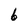
Character: b